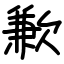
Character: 歉